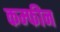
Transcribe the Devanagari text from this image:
कम्फीन